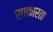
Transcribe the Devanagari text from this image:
साकारता